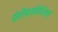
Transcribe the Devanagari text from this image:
शेतीव्यतिरिक्त